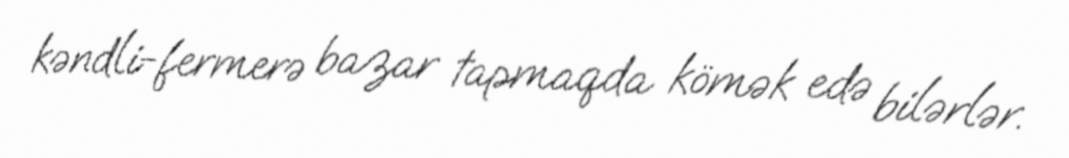
kəndli-fermerə bazar tapmaqda kömək edə bilərlər.